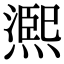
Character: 𤏁